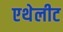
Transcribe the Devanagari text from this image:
एथेलीट